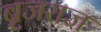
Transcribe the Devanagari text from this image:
ब्रृजराज